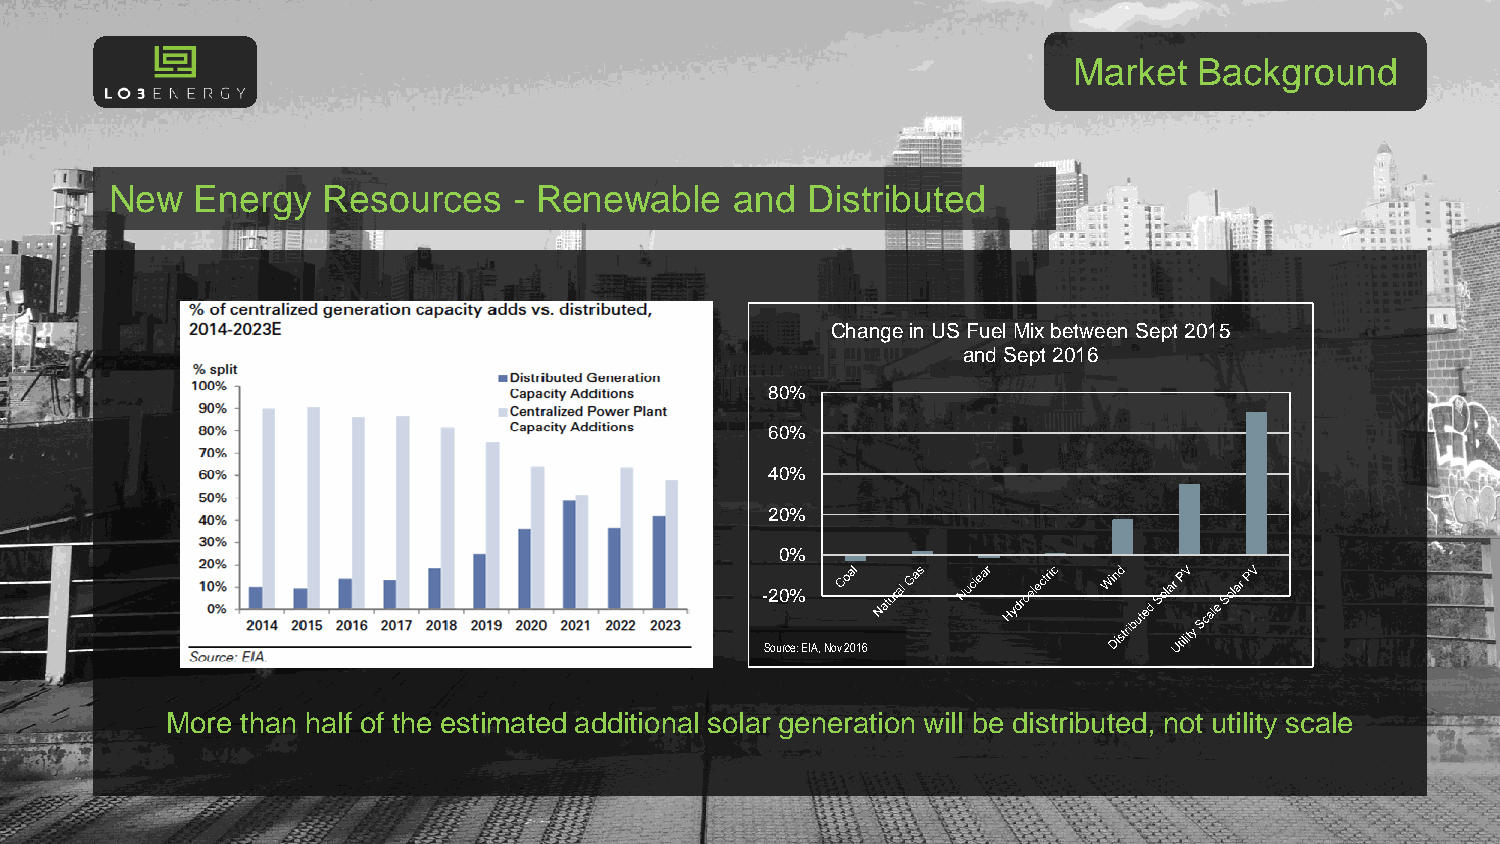
Market  Background
 New   Energy  Resources    - Renewable    and Distributed
 Change in US Fuel Mix between Sept 2015
 and Sept 2016
 80%
 60%
 40%
 20%
 0%
 -20%
 Source: EIA, Nov 2016
 More than half of the estimated additional solar generation will be distributed, not utility scale